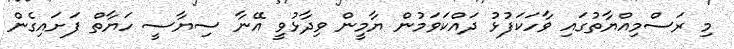
މި ރަސްމިއްޔާތުގައި ވާހަކަފުޅު ދައްކަވަމުން ޔާމީން ވިދާޅުވީ އޭނާ ސިޔާސީ ހަޔާތް ފަށައިގެން